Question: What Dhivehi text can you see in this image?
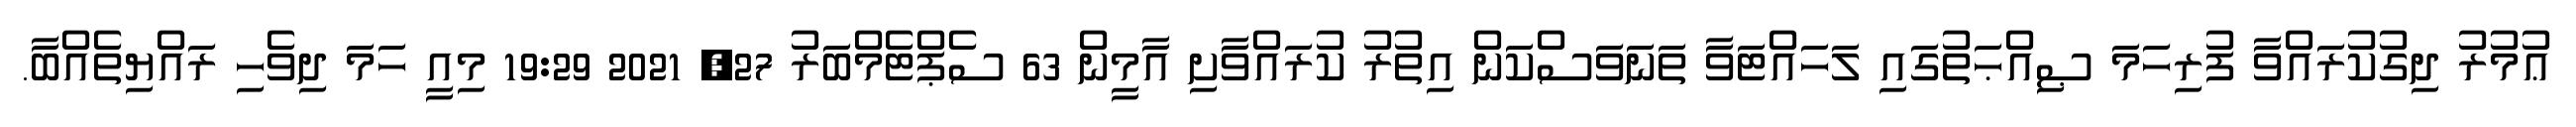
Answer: ޢުމުރު ދިގުކުރައްވާ ފުރިހަމަ ޞިއްޙަތުގައި ލަހައްޓަވާ ތަނަވަސްކަން އިތުރު ކުރައްވާށި އާމީން 63 ސެޕްޓެމްބަރު 27, 2021 19:29 މިއީ ހަމަ ދިވެހި ރައްޔިތެއްބާ.